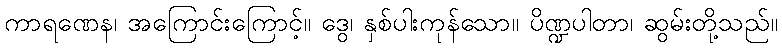
ကာရဏေန၊ အကြောင်းကြောင့်။ ဒွေ၊ နှစ်ပါးကုန်သော။ ပိဏ္ဍပါတာ၊ ဆွမ်းတို့သည်။